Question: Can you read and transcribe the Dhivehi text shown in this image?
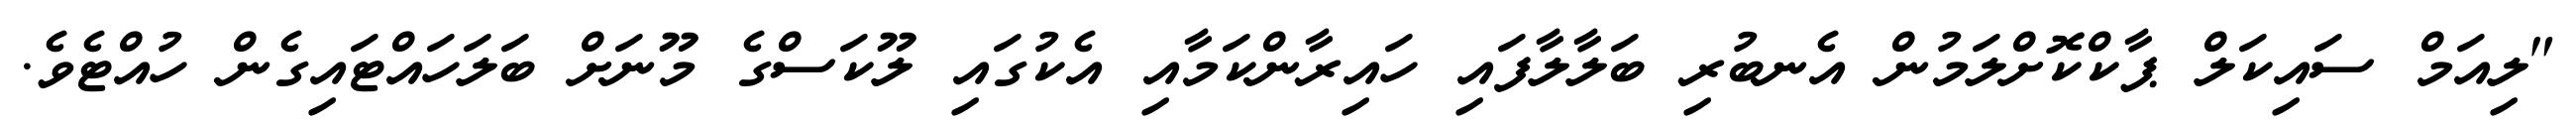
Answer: "ލިއަމް ސައިކަލް ޕާކްކޮށްލަމުން އެނބުރި ބަލާލާފައި ހައިރާންކަމާއި އެކުގައި ލޫކަސްގެ މޫނަށް ބަލަހައްޓައިގެން ހުއްޓެވެ.